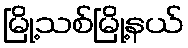
မြို့သစ်မြို့နယ်